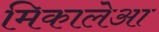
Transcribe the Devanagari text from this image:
मिकालेआ